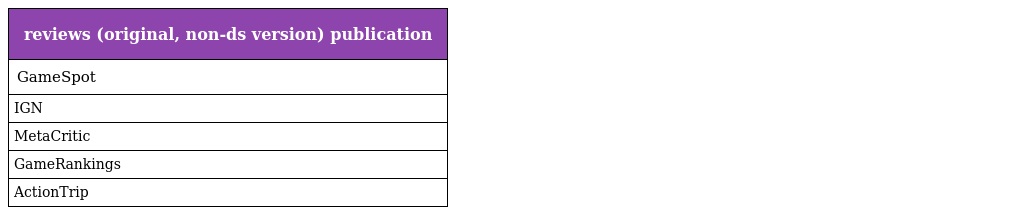
| reviews (original, non-ds version) publication |
 | --- |
 | GameSpot |
 | IGN |
 | MetaCritic |
 | GameRankings |
 | ActionTrip |